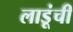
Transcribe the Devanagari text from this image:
लाडूंची